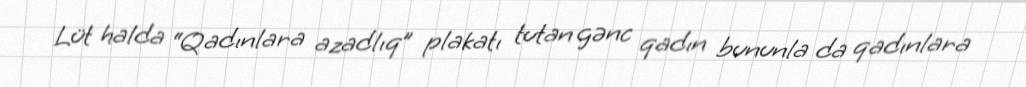
Lüt halda “Qadınlara azadlıq” plakatı tutan gənc qadın bununla da qadınlara